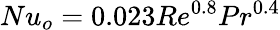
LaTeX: Nu_{o}=0.023Re^{0.8}Pr^{0.4}